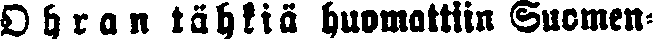
Ohran tähkiä huomattiin Suomen-